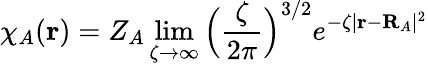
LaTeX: \chi_{A}(\mathbf{r})=Z_{A}\operatorname*{lim}_{\zeta\rightarrow\infty}\Big(\frac{\zeta}{2\pi}\Big)^{3/2}e^{-\zeta|\mathbf{r}-\mathbf{R}_{A}|^{2}}